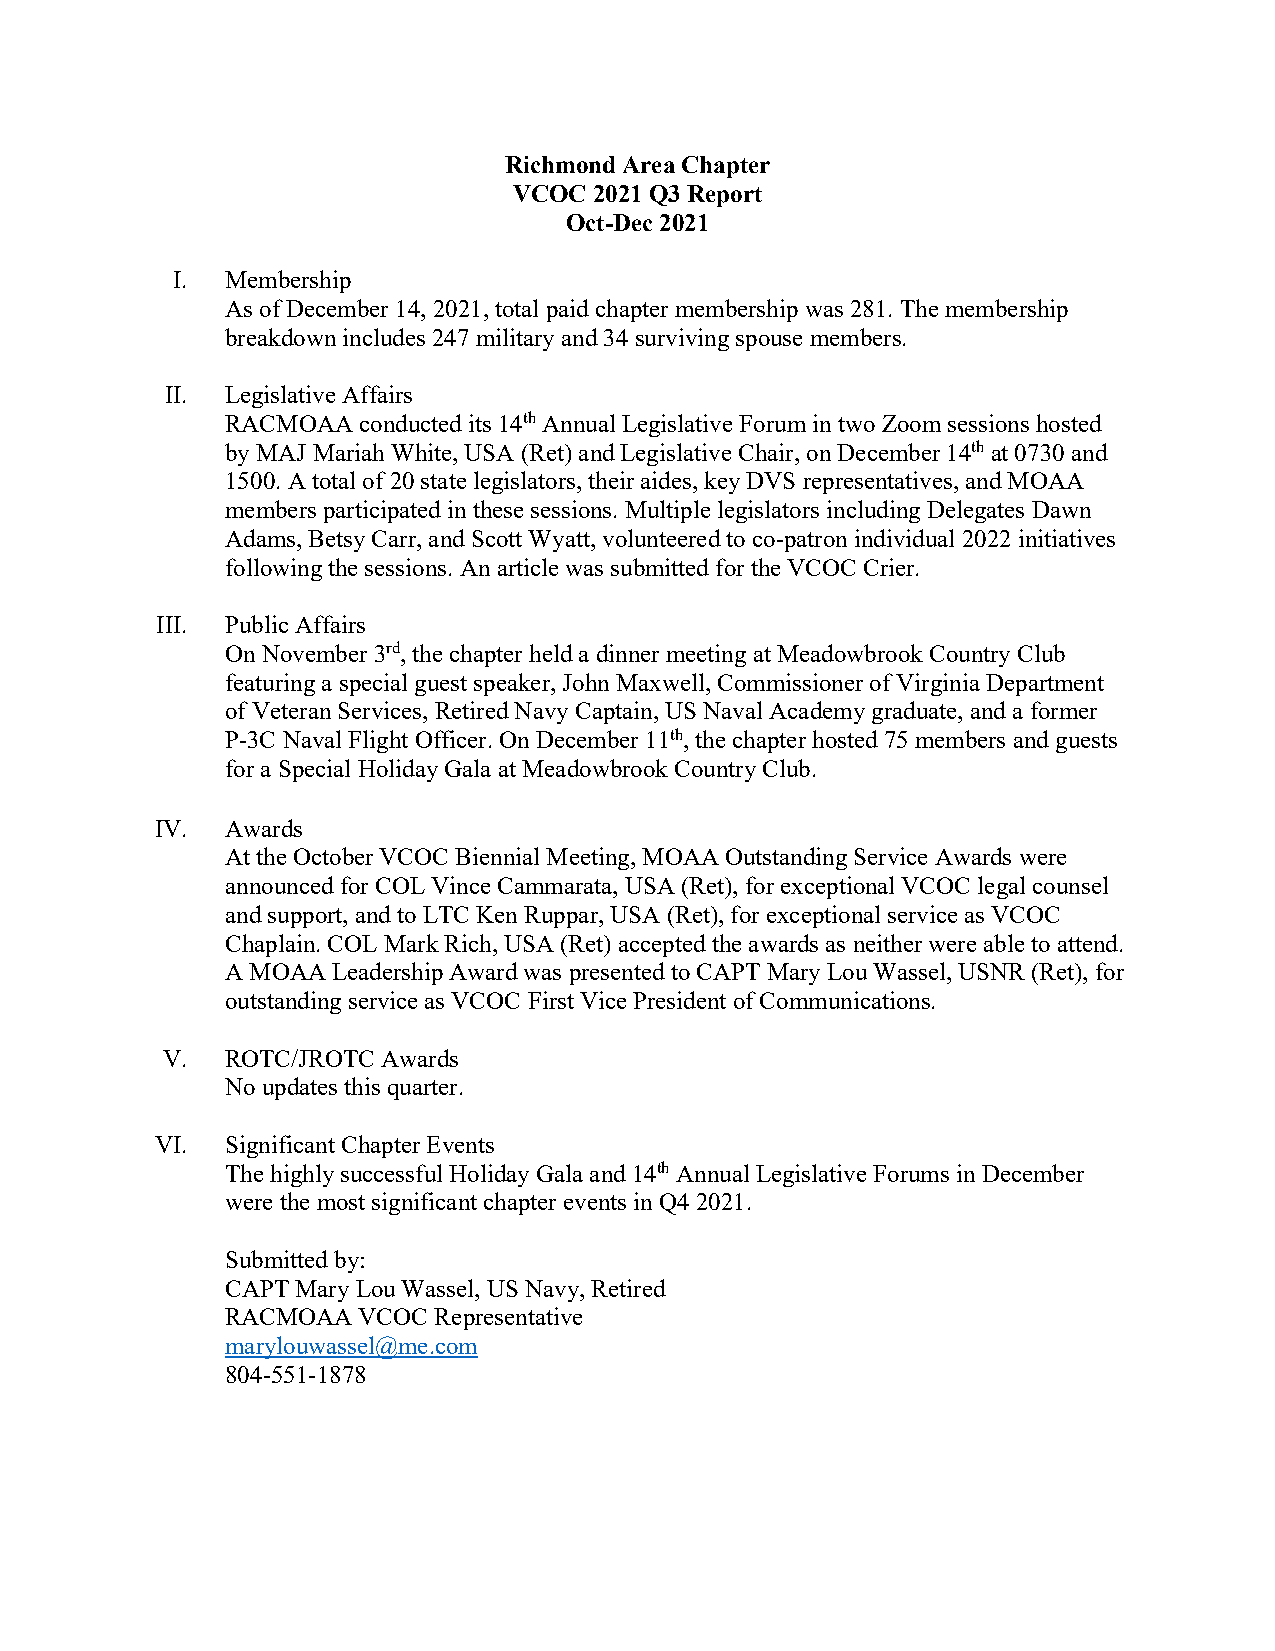
Richmond Area Chapter
 VCOC 2021 Q3 Report
 Oct-Dec 2021
 I.  Membership
 As of December 14, 2021, total paid chapter membership was 281. The membership
 breakdown includes 247 military and 34 surviving spouse members.
 II. Legislative Affairs
 RACMOAA  conducted its 14th Annual Legislative Forum in two Zoom sessions hosted
 by MAJ Mariah White, USA (Ret) and Legislative Chair, on December 14th at 0730 and
 1500. A total of 20 state legislators, their aides, key DVS representatives, and MOAA
 members participated in these sessions. Multiple legislators including Delegates Dawn
 Adams, Betsy Carr, and Scott Wyatt, volunteered to co-patron individual 2022 initiatives
 following the sessions. An article was submitted for the VCOC Crier.
 III. Public Affairs
 On November 3rd, the chapter held a dinner meeting at Meadowbrook Country Club
 featuring a special guest speaker, John Maxwell, Commissioner of Virginia Department
 of Veteran Services, Retired Navy Captain, US Naval Academy graduate, and a former
 P-3C Naval Flight Officer. On December 11th, the chapter hosted 75 members and guests
 for a Special Holiday Gala at Meadowbrook Country Club.
 IV.  Awards
 At the October VCOC Biennial Meeting, MOAA Outstanding Service Awards were
 announced for COL Vince Cammarata, USA (Ret), for exceptional VCOC legal counsel
 and support, and to LTC Ken Ruppar, USA (Ret), for exceptional service as VCOC
 Chaplain. COL Mark Rich, USA (Ret) accepted the awards as neither were able to attend.
 A MOAA Leadership Award was presented to CAPT Mary Lou Wassel, USNR (Ret), for
 outstanding service as VCOC First Vice President of Communications.
 V.  ROTC/JROTC Awards
 No updates this quarter.
 VI.  Significant Chapter Events
 The highly successful Holiday Gala and 14th Annual Legislative Forums in December
 were the most significant chapter events in Q4 2021.
 Submitted by:
 CAPT Mary Lou Wassel, US Navy, Retired
 RACMOAA  VCOC Representative
 marylouwassel@me.com
 804-551-1878